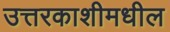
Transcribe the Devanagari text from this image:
उत्तरकाशीमधील